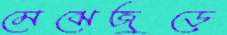
মেঝেজুড়ে